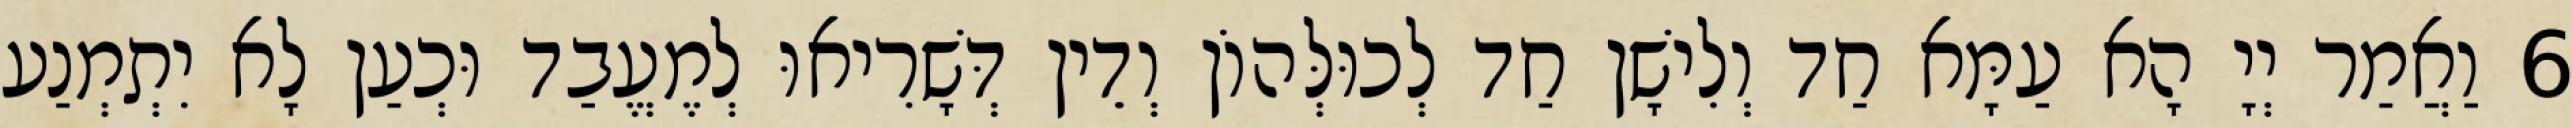
6 וַאֲמַר יְיָ הָא עַמָּא חַד וְלִישָׁן חַד לְכוּלְּהוֹן וְדֵין דְּשָׁרִיאוּ לְמֶעֱבַד וּכְעַן לָא יִתְמְנַע